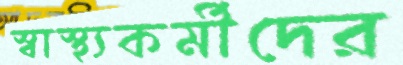
স্বাস্থ্যকর্মীদের